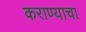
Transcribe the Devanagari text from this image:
कराण्याचा